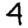
Digit: 4